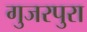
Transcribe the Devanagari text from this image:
गुजरपुरा